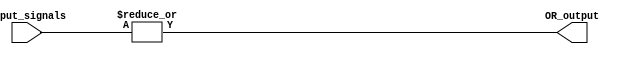
module OR_gate(
    input [31:0] input_signals,
    output OR_output
);

assign OR_output = |input_signals;

endmodule